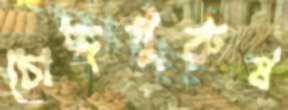
চোদ্দপুরুষ